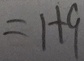
= 1 + 9